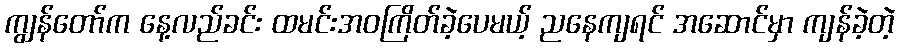
ကျွန်တော်က နေ့လည်ခင်း ထမင်းအဝကြိတ်ခဲ့ပေမယ့် ညနေကျရင် အဆောင်မှာ ကျန်ခဲ့တဲ့